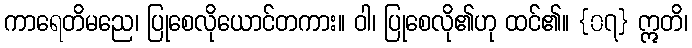
ကာရေတိမညေ၊ ပြုစေလိုယောင်တကား။ ဝါ၊ ပြုစေလို၏ဟု ထင်၏။ {၀၇} ဣတိ၊